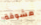
مشوقة